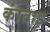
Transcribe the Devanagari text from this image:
कांताइ